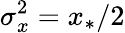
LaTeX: \sigma_{x}^{2}=x_{*}/2